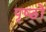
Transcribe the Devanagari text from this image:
पृष्‍ठों